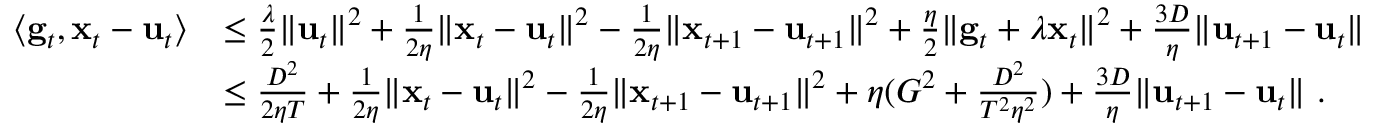
\begin{array} { r l } { \langle \mathbf { g } _ { t } , { \mathbf x } _ { t } - \mathbf { u } _ { t } \rangle } & { \leq \frac { \lambda } { 2 } \| \mathbf { u } _ { t } \| ^ { 2 } + \frac { 1 } { 2 \eta } \| { \mathbf x } _ { t } - \mathbf { u } _ { t } \| ^ { 2 } - \frac { 1 } { 2 \eta } \| { \mathbf x } _ { t + 1 } - \mathbf { u } _ { t + 1 } \| ^ { 2 } + \frac { \eta } { 2 } \| \mathbf { g } _ { t } + \lambda { \mathbf x } _ { t } \| ^ { 2 } + \frac { 3 D } { \eta } \| \mathbf { u } _ { t + 1 } - \mathbf { u } _ { t } \| } \\ & { \leq \frac { D ^ { 2 } } { 2 \eta T } + \frac { 1 } { 2 \eta } \| { \mathbf x } _ { t } - \mathbf { u } _ { t } \| ^ { 2 } - \frac { 1 } { 2 \eta } \| { \mathbf x } _ { t + 1 } - \mathbf { u } _ { t + 1 } \| ^ { 2 } + \eta ( G ^ { 2 } + \frac { D ^ { 2 } } { T ^ { 2 } \eta ^ { 2 } } ) + \frac { 3 D } { \eta } \| \mathbf { u } _ { t + 1 } - \mathbf { u } _ { t } \| ~ . } \end{array}